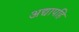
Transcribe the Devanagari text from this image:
अद्यापहि